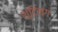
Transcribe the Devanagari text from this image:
शूटिन्ग